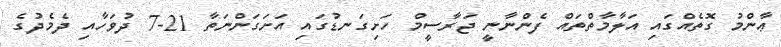
ޢާންމު ގޮތެއްގައި އަލާމާތްތައް ފެންނާނީ ޖަރާސީމް ހަށިގަނޑުގައި އަށަގަންނަތާ 21-7 ދުވަހާއި ދެމެދުގެ